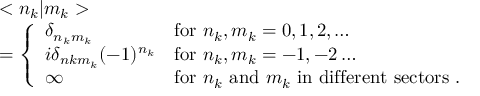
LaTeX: \begin{array} { l l } { { } } & { { < n _ { k } | m _ { k } > } } \\ { { } } & { { = \left\{ \begin{array} { l l } { { \delta _ { n _ { k } m _ { k } } } } & { { \mathrm { f o r } \ n _ { k } , m _ { k } = 0 , 1 , 2 , \ldots } } \\ { { i \delta _ { n k m _ { k } } ( - 1 ) ^ { n _ { k } } } } & { { \mathrm { f o r } \ n _ { k } , m _ { k } = - 1 , - 2 \ldots } } \\ { { \infty } } & { { \mathrm { f o r } \ n _ { k } \ \mathrm { a n d } \ m _ { k } \ \mathrm { i n \ d i f f e r e n t \ s e c t o r s } \ . } } \end{array} \right. } } \end{array}